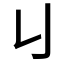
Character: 𠄍